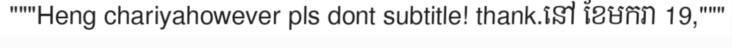
"""Heng chariyahowever pls dont subtitle! thank.នៅ ខែមករា 19,"""